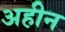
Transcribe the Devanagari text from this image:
अहीन